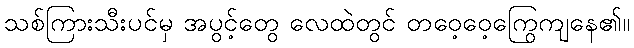
သစ်ကြားသီးပင်မှ အပွင့်တွေ လေထဲတွင် တဝေ့ဝေ့ကြွေကျနေ၏။